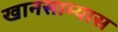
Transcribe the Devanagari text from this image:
खानसाम्यास